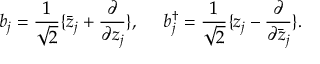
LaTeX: b _ { j } = { \frac { 1 } { \sqrt 2 } } \{ \bar { z } _ { j } + { \frac { \partial } { \partial z _ { j } } } \} , ~ ~ ~ ~ b _ { j } ^ { \dagger } = { \frac { 1 } { \sqrt 2 } } \{ z _ { j } - { \frac { \partial } { \partial \bar { z } _ { j } } } \} .